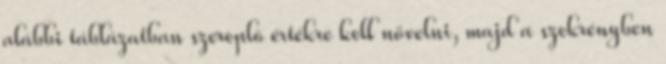
alábbi táblázatban szereplõ értékre kell növelni, majd a szekrényben